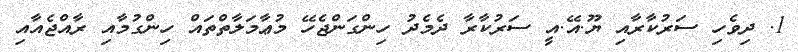
1. ދިވެހި ސަރުކާރާއި ޔޫ.އޭ.އީ ސަރުކާރާ ދެމެދު ހިންގަންޖެހޭ މުޢާމަލާތްތައް ހިންގުމާއި ރާއްޖެއާއި